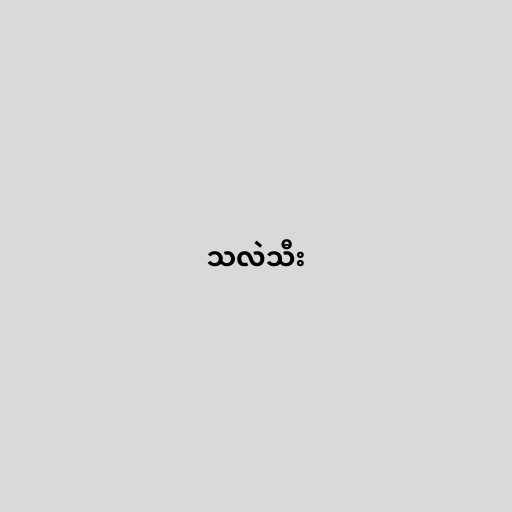
သလဲသီး